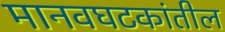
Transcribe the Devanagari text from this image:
मानवघटकांतील